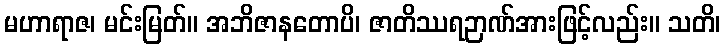
မဟာရာဇ၊ မင်းမြတ်။ အဘိဇာနတောပိ၊ ဇာတိဿရဉာဏ်အားဖြင့်လည်း။ သတိ၊